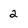
Character: 2